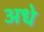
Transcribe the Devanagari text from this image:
अधे